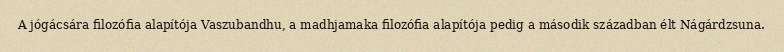
A jógácsára filozófia alapítója Vaszubandhu, a madhjamaka filozófia alapítója pedig a második században élt Nágárdzsuna.